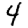
Digit: 4